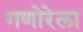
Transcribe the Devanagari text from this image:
गणोरेला